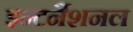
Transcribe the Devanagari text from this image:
इन्टर्नैशनल